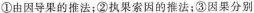
①由因导果的推法；②执果索因的推法；③因果分别